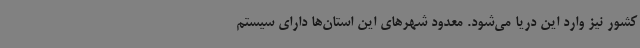
کشور نیز وارد این دریا می‌شود. معدود شهرهای این استان‌ها دارای سیستم